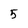
Character: 5